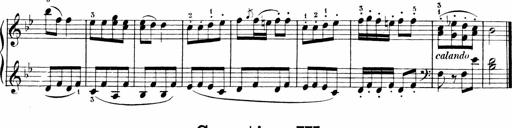
Title: 6 Liedersonatinen
Composer: Carl Reinecke